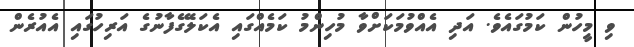
ވި މީހުން ކަމުގައެވެ. އަދި އެއްވުމަކަށްވާ މުހިންމު ކަމެއްގައި އެކަލޭގެފާނުގެ އަރިހުގައި އެއުރެން